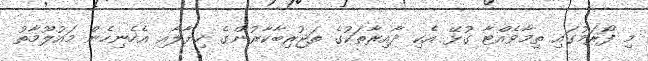
މި ފޯރަމުގައި ތިމާވެއްޓާ ގުޅޭ އެކި ދާއިރާތަކުގެ ތަޖުރިބާކާރުންގެ ހިޔާލާއި އެހެނިހެން މައުލޫމާތު